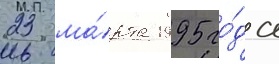
23 ма́рта 1995 го́да